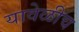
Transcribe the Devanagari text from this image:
यावेळीच